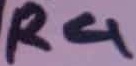
Text: R4